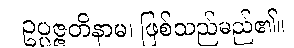
ဥပ္ပဇ္ဇတိနာမ၊ ဖြစ်သည်မည်၏။